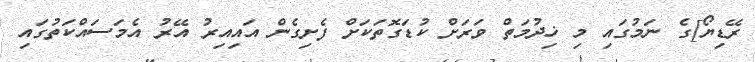
ރޭޑިޔޯ]ގެ ނަމުގައި މި ޚިދުމަތް ވަރަށް ކުޑަގޮތަކަށް ފެށިގެން އައިއިރު އޭރު އެމަސައްކަތުގައި